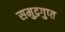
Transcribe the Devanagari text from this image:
समुद्रगुप्‍त